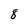
Character: 8